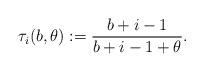
LaTeX: \begin{align*}\tau_i(b,\theta) := \frac{ b + i - 1 }{ b + i - 1 + \theta } .\end{align*}